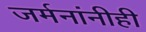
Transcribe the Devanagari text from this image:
जर्मनांनीही